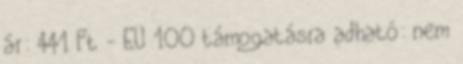
ár: 441 Ft - EÜ 100 támogatásra adható: nem